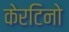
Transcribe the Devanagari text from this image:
केरटिनो